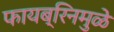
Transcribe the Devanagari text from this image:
फायब्रिनमुळे